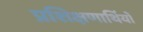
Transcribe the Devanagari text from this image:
प्रशिक्षणार्थियों